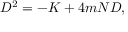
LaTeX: { \cal D } ^ { 2 } = - K + 4 m { \cal N } { \cal D } ,